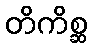
တိကိစ္ဆ